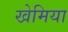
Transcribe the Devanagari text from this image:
खेमिया